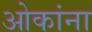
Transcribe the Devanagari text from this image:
ओकांना